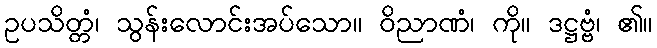
ဥပသိတ္တံ၊ သွန်းလောင်းအပ်သော။ ဝိညာဏံ၊ ကို။ ဒဋ္ဌဗ္ဗံ၊ ၏။